Triennial report on the lunatic asylums in the province of Eastern Bengal and Assam - 1903-1911
Year: 1903
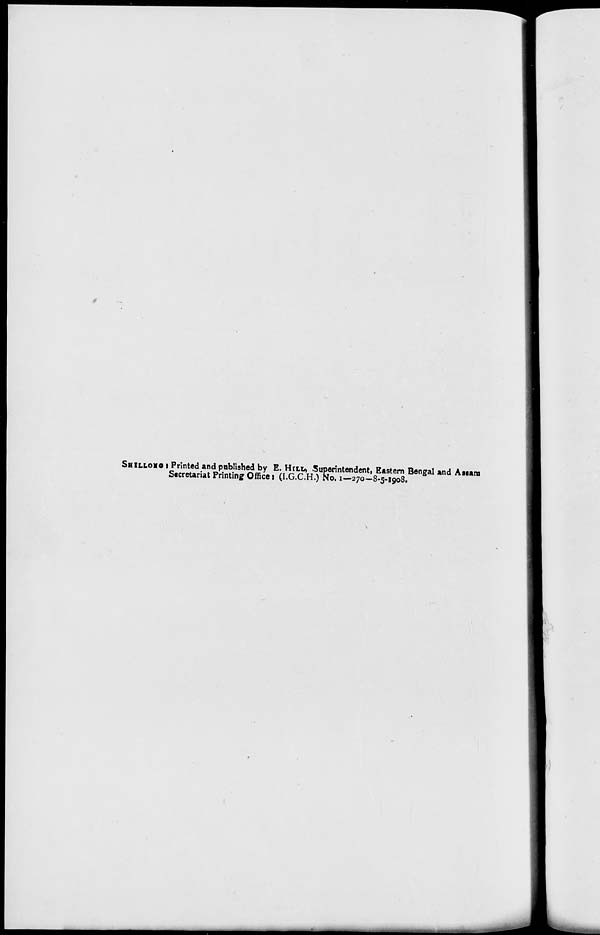
SHILLONG : Printed and published by E. HILL, Superintendent, Eastern Bengal and Assam
Secretariat Printing Office : (I.G.C.H.) No. 1—270—8-5-1908.